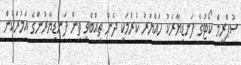
ސުޕްރީމް ކޯޓުގެ ފަނޑިޔާރަކު ހައްޔަރު ކުރުމަކީ ދެން ތިއްބެވި ތިން ފަނޑިޔާރުންގެ އަމުރަކުން